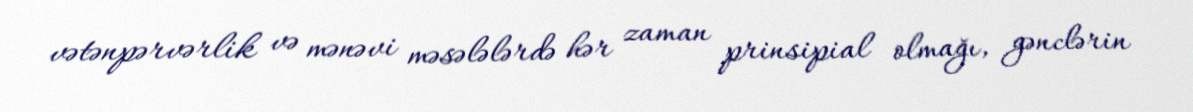
vətənpərvərlik və mənəvi məsələlərdə hər zaman prinsipial olmağı, gənclərin